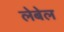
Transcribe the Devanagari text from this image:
लेबेल